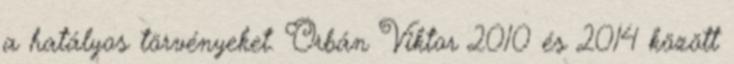
a hatályos törvényeket. Orbán Viktor 2010 és 2014 között